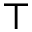
\intercal